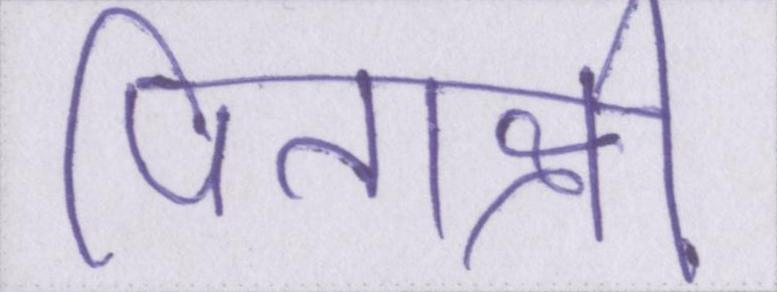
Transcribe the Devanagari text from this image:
पिताश्री